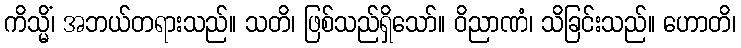
ကိသ္မိံ၊ အဘယ်တရားသည်။ သတိ၊ ဖြစ်သည်ရှိသော်။ ဝိညာဏံ၊ သိခြင်းသည်။ ဟောတိ၊